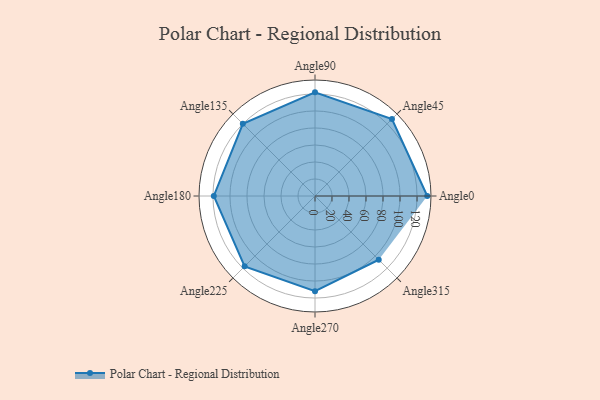
{"axis": {"x": "Angle", "y": "Radius"}, "legend": [""], "data": [{"x": "Angle0", "y": 132.0, "type": ""}, {"x": "Angle45", "y": 128.0, "type": ""}, {"x": "Angle90", "y": 122.0, "type": ""}, {"x": "Angle135", "y": 120.0, "type": ""}, {"x": "Angle180", "y": 119.0, "type": ""}, {"x": "Angle225", "y": 117.0, "type": ""}, {"x": "Angle270", "y": 112.0, "type": ""}, {"x": "Angle315", "y": 106.0, "type": ""}]}